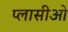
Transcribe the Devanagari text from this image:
प्लासीओ